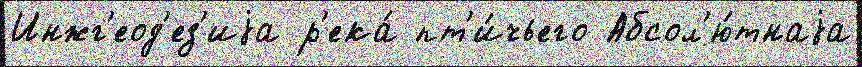
Инжг'еод'ез'иjа р'ека́ пт'и́чьего Абсол'ю́тнаjа